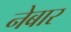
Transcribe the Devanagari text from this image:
नेबार